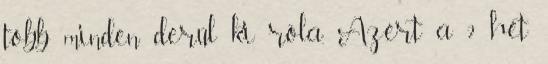
több minden derül ki róla. Azért a 2 hét